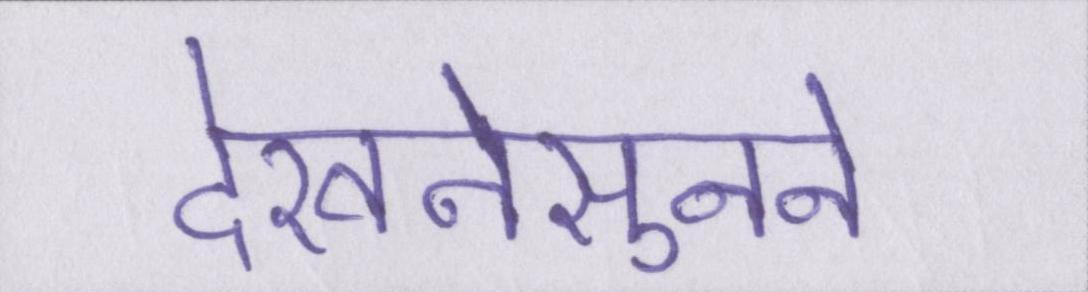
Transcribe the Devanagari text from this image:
देखनेसुनने